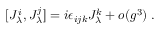
[ J _ { \lambda } ^ { i } , J _ { \lambda } ^ { j } ] = i \epsilon _ { i j k } J _ { \lambda } ^ { k } + o ( g ^ { 3 } ) \; .